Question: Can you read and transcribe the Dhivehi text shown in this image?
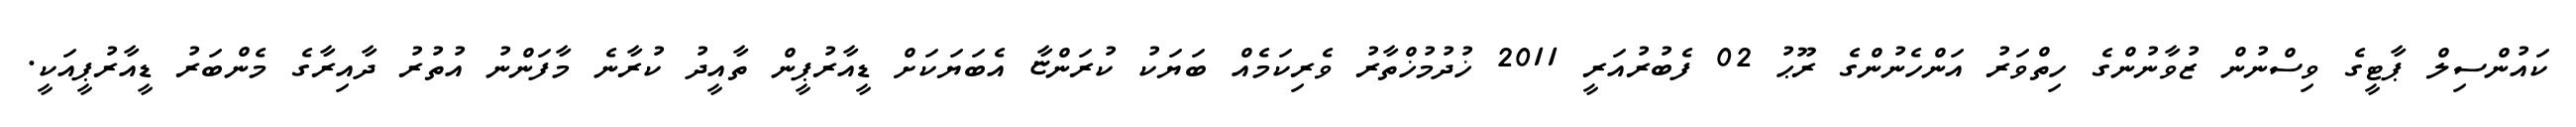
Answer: ކައުންސިލް ޕާޓީގެ ވިސްނުން ޒުވާނުންގެ ހިތްވަރު އަންހެނުންގެ ރޫޙު 02 ފެބުރުއަރީ 2011 ޚުދުމުޚްތާރު ވެރިކަމެއް ބަޔަކު ކުރަންޏާ އެބަޔަކަށް ޑީއާރުޕީން ތާއީދު ކުރާނެ މާފަންނު އުތުރު ދާއިރާގެ މެންބަރު ޑީއާރުޕީއަކީ.